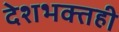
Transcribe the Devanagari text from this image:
देशभक्तही